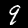
Digit: 9